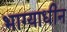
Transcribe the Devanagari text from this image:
भाग्याधीन